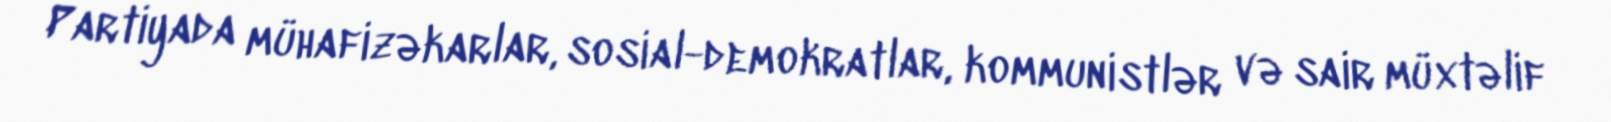
Partiyada mühafizəkarlar, sosial-demokratlar, kommunistlər və sair müxtəlif